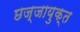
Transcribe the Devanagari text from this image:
छज्जायुक्त